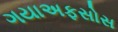
ગયાઅફસોસ